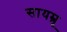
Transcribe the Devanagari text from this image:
सायम्रू